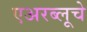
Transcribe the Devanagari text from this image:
एअरब्लूचे